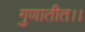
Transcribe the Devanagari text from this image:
गुणातीत।।